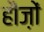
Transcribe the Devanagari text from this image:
हौज़ों